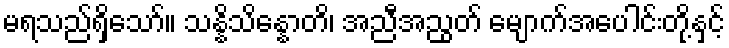
မရသည်ရှိသော်။ သန္နိသိန္နောတိ၊ အညီအညွတ် မျောက်အပေါင်းတို့နှင့်